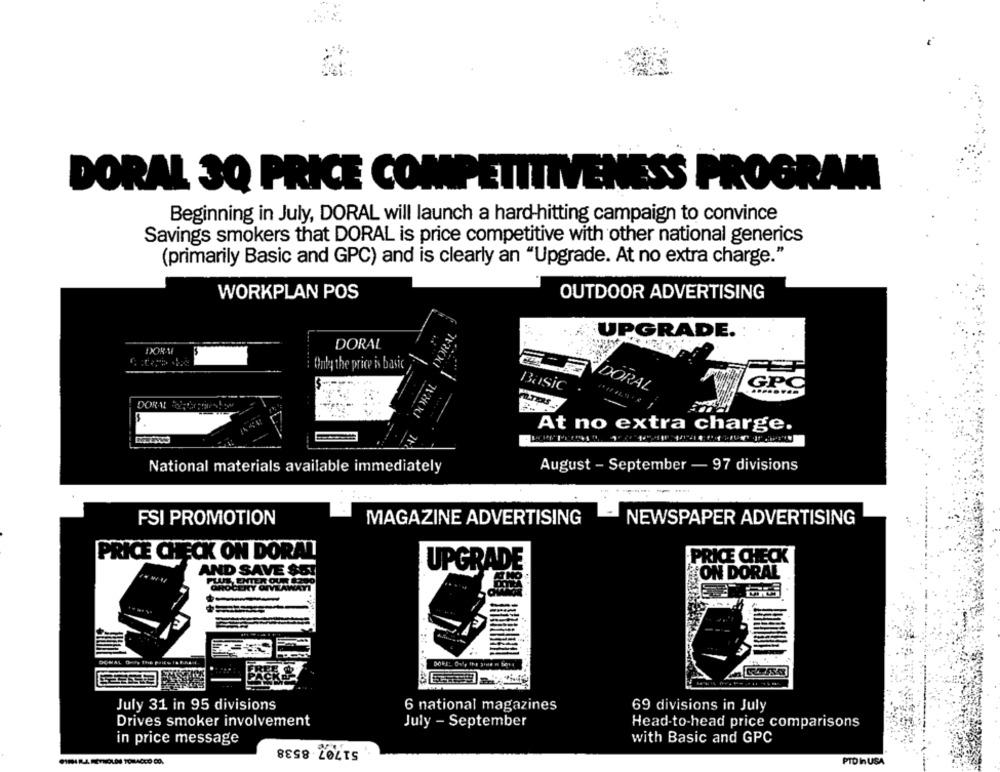
DORAL 3Q PRICE COMPETITIVENESS PROGRAM
Beginning in July, DORAL will launch a hard-hitting campaign to convince
Savings smokers that DORAL is price competitive with other national generics
(primarily Basic and GPC) and is clearly an "Upgrade. At no extra charge."
WORKPLAN POS
OUTDOOR ADVERTISING
UPGRADE.
DORAL
....
72CXI
Only the price is basic
Basic
DORAL
GP.C
At no extra charge.
National materials available immediately
August - September - 97 divisions
FSI PROMOTION
MAGAZINE ADVERTISING
NEWSPAPER ADVERTISING
PRICE CHECK ON DORAT
PRICE CHECK
UPGRADE
AND SAVE SET
ON DORAL
DONAL DuFy The pais IS B.A.
DORE: 00, the game - tone
July 31 in 95 divisions
6 national magazines
69 divisions in July
Drives smoker involvement
July - September
Head-to-head price comparisons
in price message
51707 8538
with Basic and GPC
PTD In USA